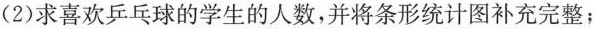
(2)求喜欢乒乓球的学生的人数，并将条形统计图补充完整；